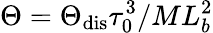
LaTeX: \Theta=\Theta_{\mathrm{dis}}\tau_{0}^{3}/ML_{b}^{2}